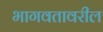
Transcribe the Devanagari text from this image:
भागवतावरील